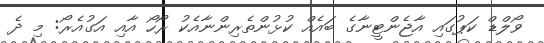
ވޯލްޑް ކަޕުގައި އާޖެންޓީނާގެ ބައެއް ކުޅުންތެރިންނާއެކު ރޯހޯ އާއި އަގުއެރޯ: މި ދެ